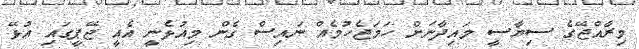
މިރާއްޖޭގެ ސިޔާސީ މައިދާނަށް ހަމަޖެހުމެއް ނައިސް ގެން މިއުޅެނީ އެއީ ޖޭޕީގައި އުޅޭ